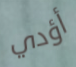
أؤدي